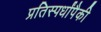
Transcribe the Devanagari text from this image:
प्रतिस्पर्धांपैकी